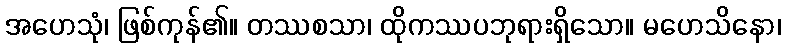
အဟေသုံ၊ ဖြစ်ကုန်၏။ တဿစသာ၊ ထိုကဿပဘုရားရှိသော။ မဟေသိနော၊